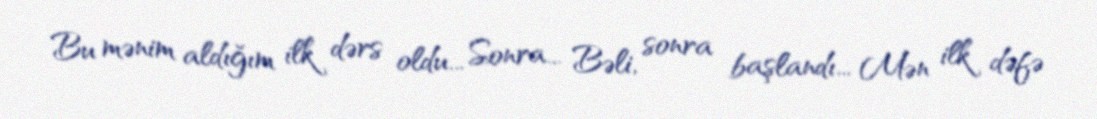
Bu mənim aldığım ilk dərs oldu... Sonra... Bəli, sonra başlandı... Mən ilk dəfə